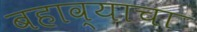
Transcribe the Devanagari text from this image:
बहाव्याचा